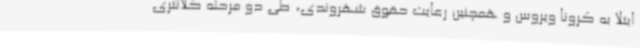
ابتلا به کرونا ویروس و همچنین رعایت حقوق شهروندی، طی دو مرحله کلانتری